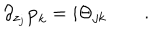
\partial _ { z _ { j } } { \bf p } _ { k } = i \Theta _ { j k } \qquad .